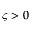
\varsigma > 0